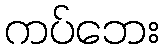
ကပ်ဘေး